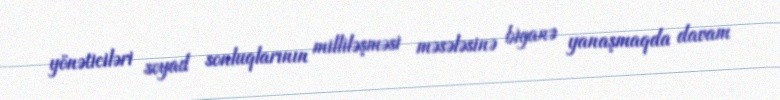
yönəticiləri soyad sonluqlarının milliləşməsi məsələsinə biganə yanaşmaqda davam